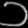
Digit: ၁